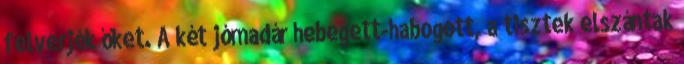
felverjék őket. A két jómadár hebegett-habogott, a tisztek elszántak